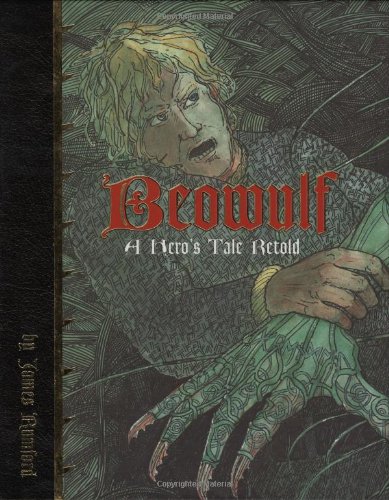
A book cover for Beowulf; James Rumford; Children's Books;